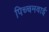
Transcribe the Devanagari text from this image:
पिच्चमवाई